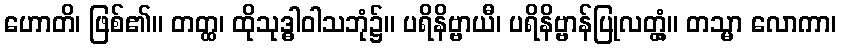
ဟောတိ၊ ဖြစ်၏။ တတ္ထ၊ ထိုသုဒ္ဓါဝါသဘုံ၌။ ပရိနိဗ္ဗာယီ၊ ပရိနိဗ္ဗာန်ပြုလတ္တံ့။ တသ္မာ လောကာ၊